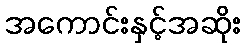
အကောင်းနှင့်အဆိုး